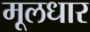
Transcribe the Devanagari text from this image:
मूलधार